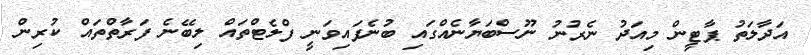
އަދާލަތު ޕާޓީން މިއަދު ނެރުނު ނޫސްބަޔާނެއްގައި ބުނެފައިވަނީ ފްލެޓްތައް ލިބޭނެ ފަރާތްތައް ކުރިން